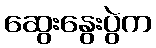
ဆွေးနွေးပွဲက